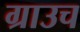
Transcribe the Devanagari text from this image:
ग्राउच